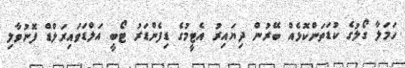
ހަމަލާ ގޯލުގެ ކުޑަތަންކޮޅެއް ބޭރުން ދިޔައިރު އެޓީމުގެ ޑިފެންޑަރު ޓޯބީ އަލްޑަވައިރަލްޑް ފޮނުވާލި